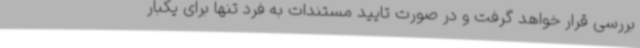
بررسی قرار خواهد گرفت و در صورت تایید مستندات به فرد تنها برای یکبار